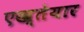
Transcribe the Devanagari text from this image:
एख्तेयार